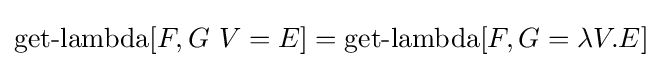
\operatorname {get-lambda} [F,G\ V=E]=\operatorname {get-lambda} [F,G=\lambda V.E]